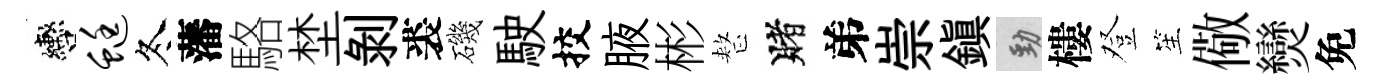
轡蜓冬藩駱埜剝裘磯駛挍腋彬整賭弟崇鎭勁樓登笙儆𤓖免